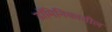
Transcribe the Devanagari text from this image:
डॉमिनिकातील